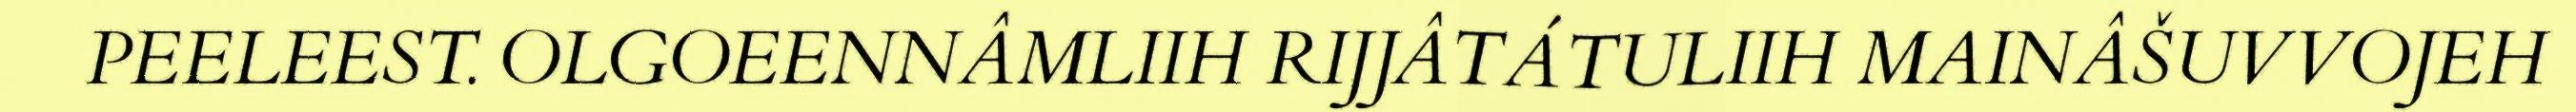
PEELEEST. OLGOEENNÂMLIIH RIJJÂTÁTULIIH MAINÂŠUVVOJEH